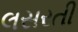
લસરતી